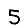
Digit: 5